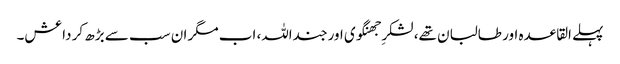
پہلے القاعدہ اور طالبان تھے، لشکرِ جھنگوی اور جنداللہ، اب مگر ان سب سے بڑھ کر داعش۔